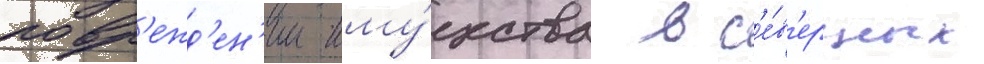
повр'ежд'ен'ии иму́щества в с'е́в'ерных